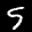
Label: 5